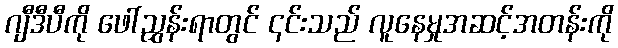
ဂျီဒီပီကို ဖေါ်ညွှန်းရာတွင် ၎င်းသည် လူနေမှုအဆင့်အတန်းကို